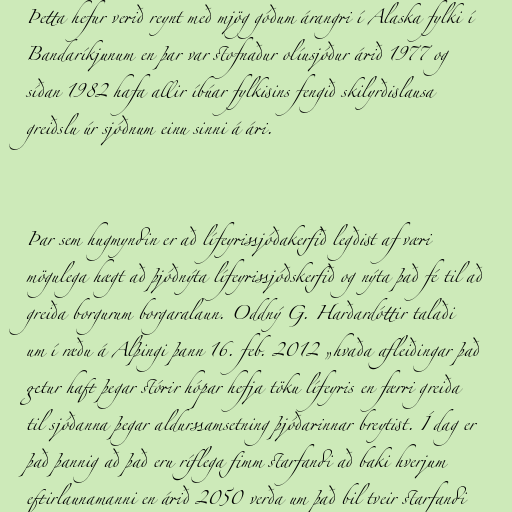
Þetta hefur verið reynt með mjög góðum árangri í Alaska fylki í
Bandaríkjunum en þar var stofnaður olíusjóður árið 1977 og
síðan 1982 hafa allir íbúar fylkisins fengið skilyrðislausa
greiðslu úr sjóðnum einu sinni á ári.

Þar sem hugmyndin er að lífeyrissjóðakerfið legðist af væri
mögulega hægt að þjóðnýta lífeyrissjóðskerfið og nýta það fé til að
greiða borgurum borgaralaun. Oddný G. Harðardóttir talaði
um í ræðu á Alþingi þann 16. feb. 2012 „hvaða afleiðingar það
getur haft þegar stórir hópar hefja töku lífeyris en færri greiða
til sjóðanna þegar aldurssamsetning þjóðarinnar breytist. Í dag er
það þannig að það eru ríflega fimm starfandi að baki hverjum
eftirlaunamanni en árið 2050 verða um það bil tveir starfandi